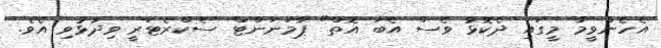
އެހެންވީމާ މީގައި ދެކޮޅު ވެސް އެބަ އޮތް" ޕާމަނަންޓް ސެކްރެޓަރީ ވިދާޅުވި އެވެ.